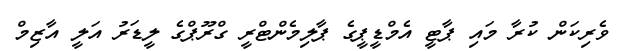
ވެރިކަން ކުރާ މައި ޕާޓީ އެމްޑީޕީގެ ޕާލިމެންޓްރީ ގްރޫޕްގެ ލީޑަރު އަލީ އާޒިމް